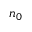
n _ { 0 }